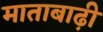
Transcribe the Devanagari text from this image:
माताबाढ़ी